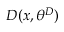
D ( x , \theta ^ { D } )